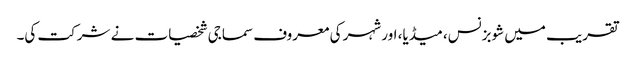
تقریب میں شوبزنس، میڈیا، اور شہر کی معروف سماجی شخصیات نے شرکت کی۔